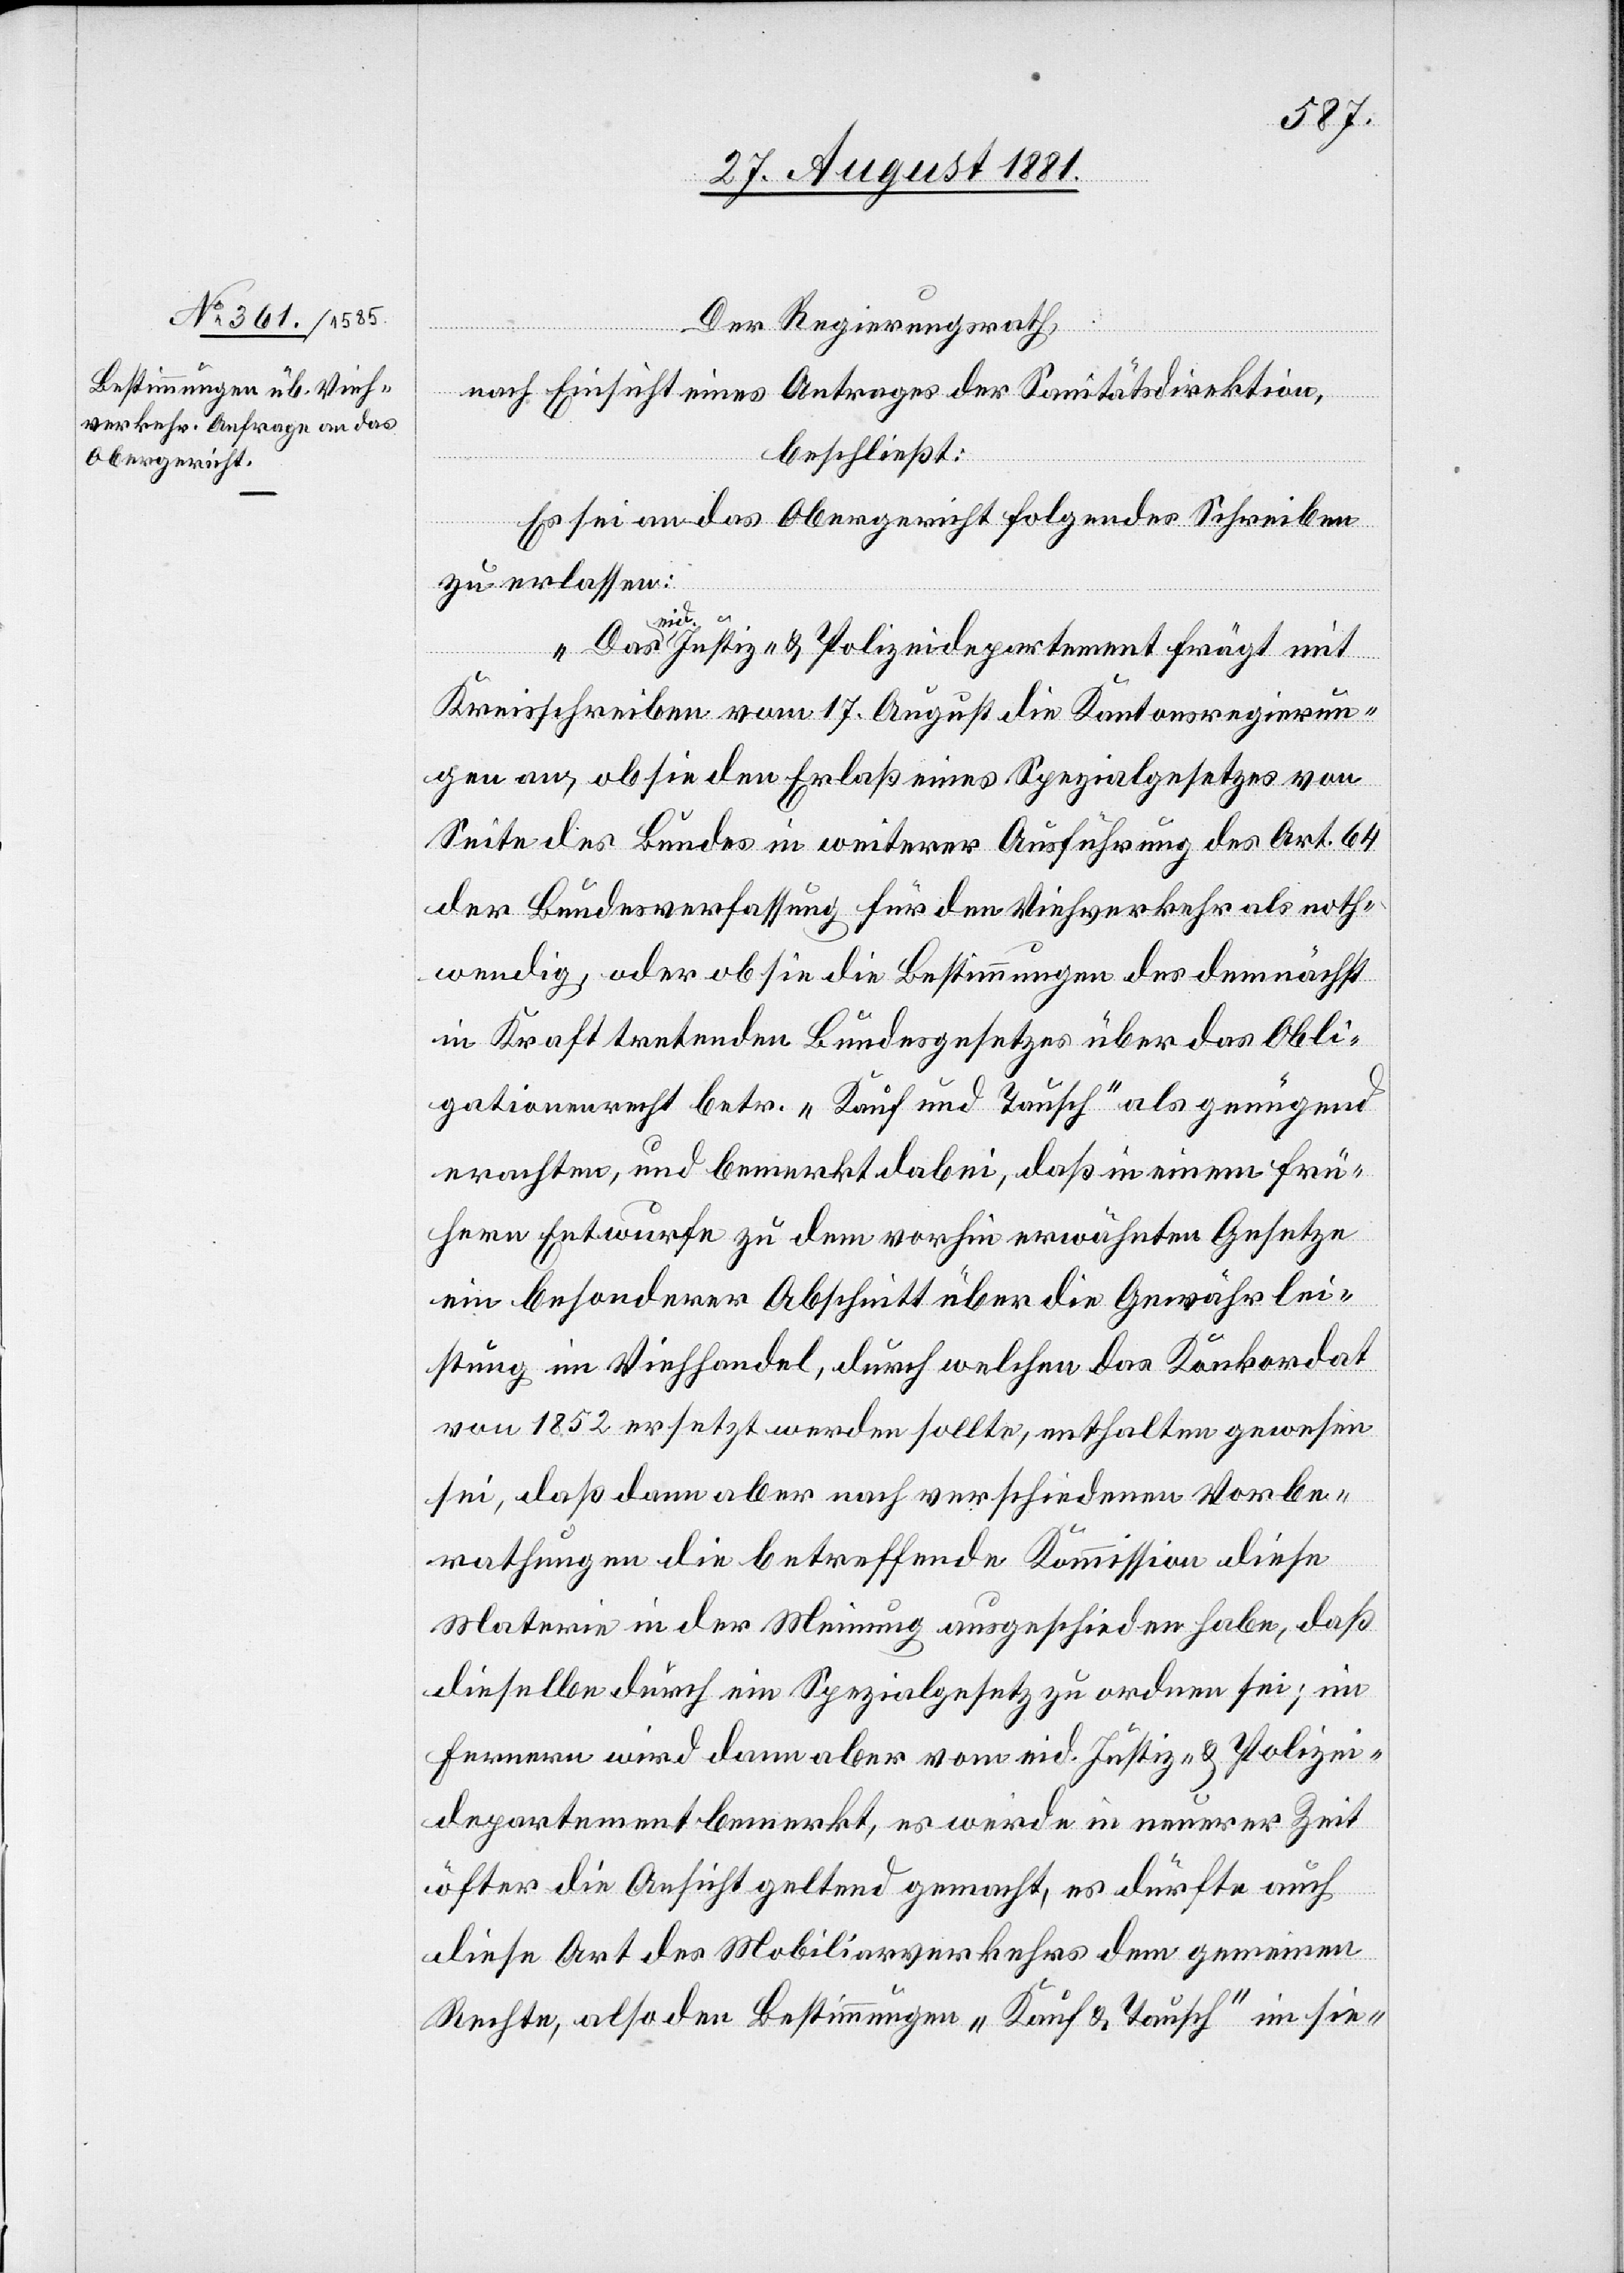
Der Regierungsrath,
nach Einsicht eines Antrages der Sanitätsdirektion,
beschließt:
Es sei an das Obergericht folgendes Schreiben
zu erlassen:
eid. Justiz- & Polizeidepartement frägt mit
Kreisschreiben vom 17. August die Kantonsregierun¬
gen an, ob sie den Erlaß eines Spezialgesetzes von
Seite des Bundes in weiterer Ausführung des Art. 64
der Bundesverfassung für den Viehverkehr als noth¬
wendig, oder ob sie die Bestimmungen des demnächst
in Kraft tretenden Bundesgesetzes über das Obli¬
gationsrecht betr. „Kauf und Tausch“ als genügend
erachten, und bemerkt dabei, daß in einem frü¬
hern Entwurfe zudem vorhin erwähnten Gesetze
ein besonderer Abschnitt über die Gewährlei¬
stung im Viehhandel, durch welchen das Konkordat
von 1852 ersetzt werden sollte, enthalten gewesen
sei, daß dann aber nach verschiedenen Vorbe¬
rathungen die betreffende Kommission diese
Materie in der Meinung ausgeschieden habe, daß
dieselbe durch ein Spezialgesetz zu ordnen sei; im
Fernern wird dann aber vom eid. Justiz- & Polizei¬
departement bemerkt, es werde in neuerer Zeit
öfter die Ansicht geltend gemacht, es dürfte auch
diese Art des Mobiliarverkehrs dem gemeinen
Rechte, also den Bestimmungen „Kauf & Tausch“ im sie-